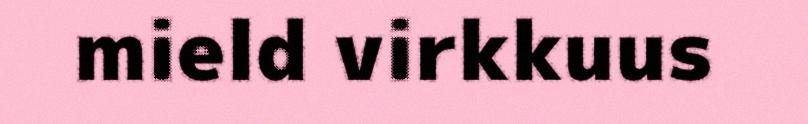
mield virkkuus